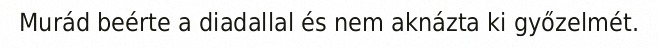
Murád beérte a diadallal és nem aknázta ki győzelmét.